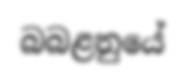
බබළනුයේ